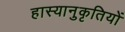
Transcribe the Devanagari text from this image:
हास्यानुकृतियों